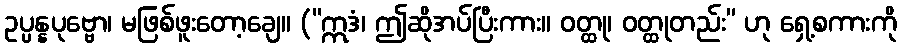
ဥပ္ပန္နပုဗ္ဗော၊ မဖြစ်ဖူးတော့ချေ။ (“ဣဒံ၊ ဤဆိုအပ်ပြီးကား။ ဝတ္ထု၊ ဝတ္ထုတည်း” ဟု ရှေ့စကားကို